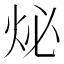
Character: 𤇩